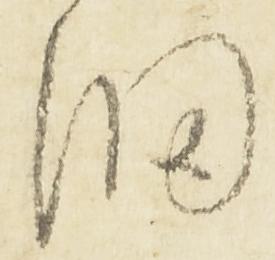
細